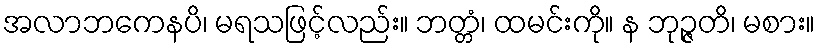
အလာဘကေနပိ၊ မရသဖြင့်လည်း။ ဘတ္တံ၊ ထမင်းကို။ န ဘုဉ္ဇတိ၊ မစား။